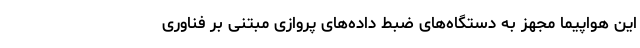
این هواپیما مجهز به دستگاه‌های ضبط داده‌های پروازی مبتنی بر فناوری